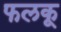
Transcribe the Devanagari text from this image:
फलकू